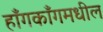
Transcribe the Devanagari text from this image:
हाँगकाँगमधील